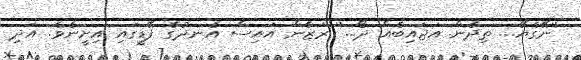
''ނޭގެޔޭ... ތިދެން އަޖައިބެއް ދޯ...'' ރަޒާން އައިސް އެނދުގެ ފޭޑީގައި އިށީނެވެ. އަދި